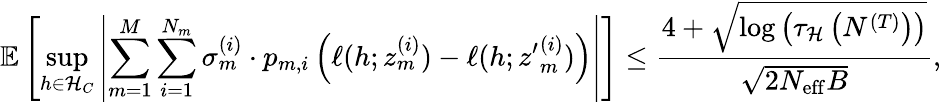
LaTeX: \mathbb{E}\left[\operatorname*{sup}_{h\in\mathcal{H}_{C}}\left|\sum_{m=1}^{M}\sum_{i=1}^{N_{m}}\sigma_{m}^{(i)}\cdot p_{m,i}\left(\ell(h;z_{m}^{(i)})-\ell(h;{z^{\prime}}_{m}^{(i)})\right)\right|\right]\leq\frac{4+\sqrt{\log\left(\tau_{\mathcal{H}}\left(N^{(T)}\right)\right)}}{\sqrt{2N_{\mathrm{eff}}B}},